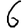
Digit: 6